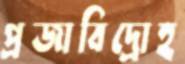
প্রজাবিদ্রোহ